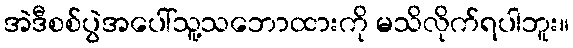
အဲဒီစစ်ပွဲအပေါ်သူ့သဘောထားကို မသိလိုက်ရပါဘူး။